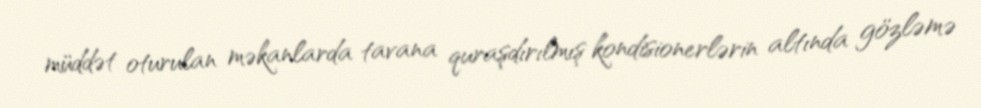
müddət oturulan məkanlarda tavana quraşdırılmış kondisionerlərin altında gözləmə